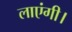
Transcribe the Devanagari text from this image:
लाएंगी।